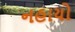
નહાયો